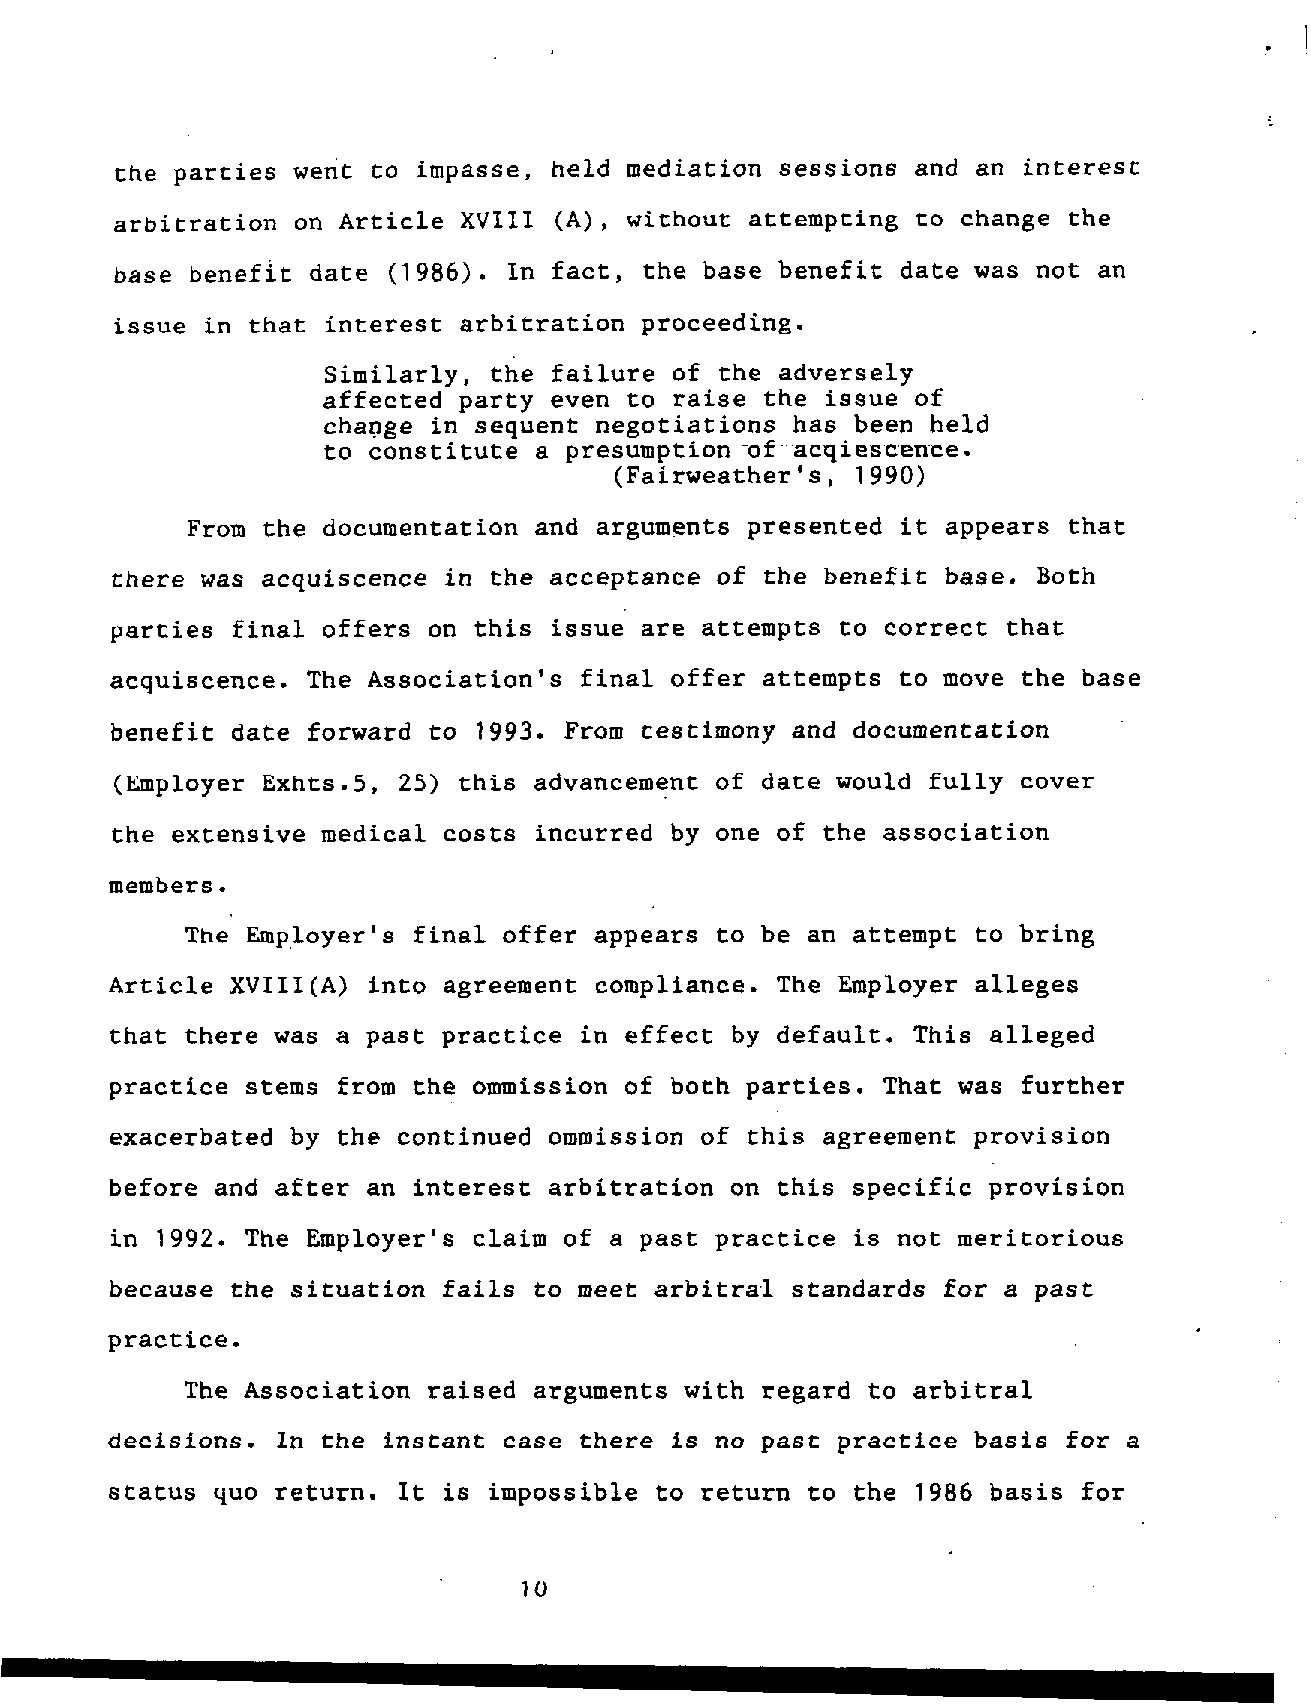
the parties                 held mediation  sessions and an interest
 Went  t0 iDpaSSe,
 arbitration on Article XVIII (A), without attempting to change the
 base benefit date (1986). In fact, the base benefit date was not an
 issue in that interest arbitration proceeding.
 Similarly, the failure of  the adversely
 affected party even  to raise the issue of
 change  in sequent negotiations has been held
 to constitute a presumption --of--~acqiescen~ce.
 (Fairweather's,
 1990)
 From the documentation and arguments presented  it appears that
 there was acquiscence in the acceptance of  the benefit base. Both
 parties final offers on this issue are attempts  to correct that
 acquiscence. The Association's final offer attempts  to move the base
 benefit date forward to  1993. From testimony and documentation
 (Employer Exhts.5, 25) this advancement of     would fully  cover
 date
 the extensive medical costs incurred by one of the association
 members.
 The Employer's final offer appears to be an attempt  to bring
 Article XVIII(A) into agreement compliance. The Employer alleges
 that there was a past practice in effect by default. This alleged
 practice stems from the ommission of both parties. That was  further
 exacerbated by the continued ommission of this agreement provision
 before and after an interest arbitration on this specific provision
 in       The Employer's claim of a past practice  is not meritorious
 1992.
 because the situation fails to meet arbitral standards for a past
 practice.
 The Association raised arguments with regard to arbitral
 decisions. In the instant case there is no past practice basis  for a
 status     return. It is impossible to return to  the     basis  for
 quo                                            1986
 10